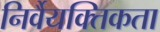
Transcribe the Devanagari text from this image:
निर्वैयक्तिकता